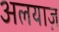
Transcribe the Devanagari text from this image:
अलयाज़